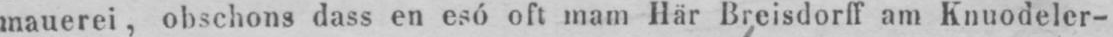
mauerei, obschons dass en esó oft mam Här Breisdorff am Knuodeler-